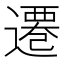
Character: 遷